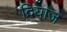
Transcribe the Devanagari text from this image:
दियाज